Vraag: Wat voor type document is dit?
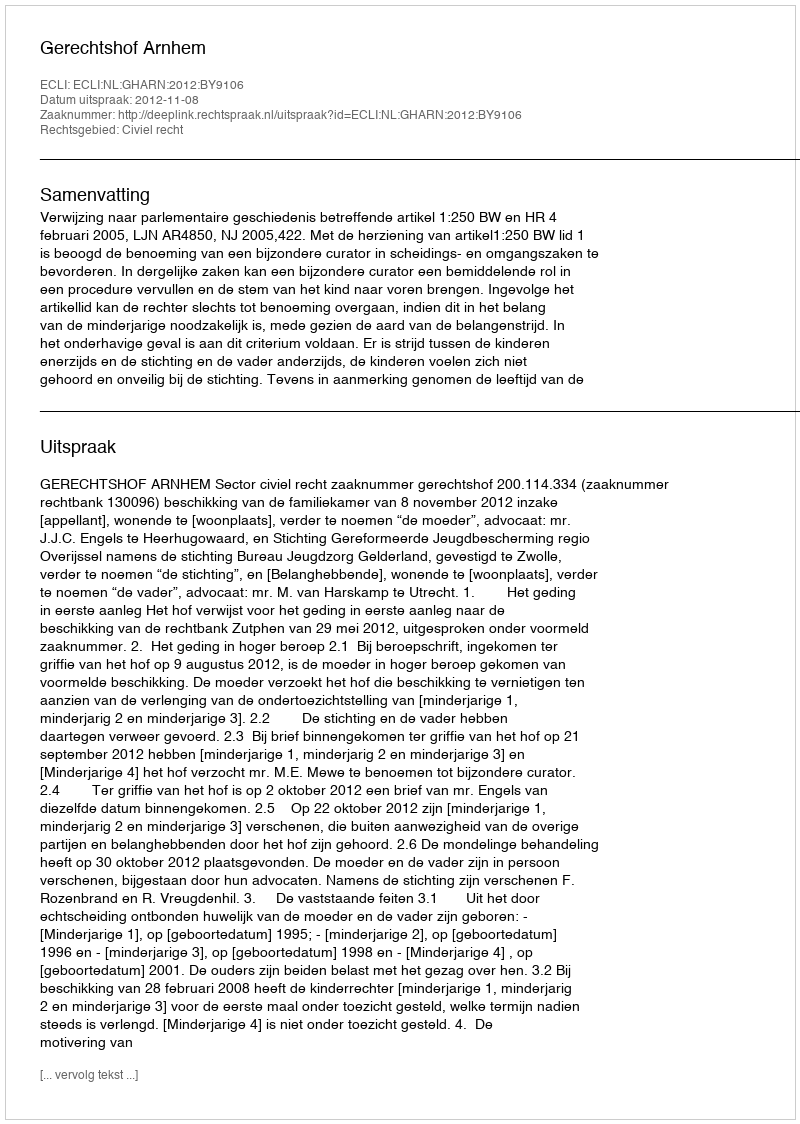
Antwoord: Uitspraak